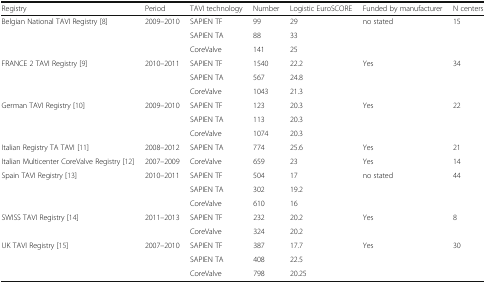
| Registry | Period | TAVI technology | Number | Logistic EuroSCORE | Funded by manufacturer | N centers |
 | --- | --- | --- | --- | --- | --- | --- |
 | <ROWSPAN=3> Belgian National TAVI Registry [8] | <ROWSPAN=3> 2009–2010 | SAPIEN TF | 99 | 29 | <ROWSPAN=3> no stated | <ROWSPAN=3> 15 |
 | SAPIEN TA | 88 | 33 |
 | CoreValve | 141 | 25 |
 | <ROWSPAN=3> FRANCE 2 TAVI Registry [9] | <ROWSPAN=3> 2010–2011 | SAPIEN TF | 1540 | 22.2 | <ROWSPAN=3> Yes | <ROWSPAN=3> 34 |
 | SAPIEN TA | 567 | 24.8 |
 | CoreValve | 1043 | 21.3 |
 | <ROWSPAN=3> German TAVI Registry [10] | <ROWSPAN=3> 2009–2010 | SAPIEN TF | 123 | 20.3 | <ROWSPAN=3> Yes | <ROWSPAN=3> 22 |
 | SAPIEN TA | 113 | 20.3 |
 | CoreValve | 1074 | 20.3 |
 | Italian Registry TA TAVI [11] | 2008–2012 | SAPIEN TA | 774 | 25.6 | Yes | 21 |
 | Italian Multicenter CoreValve Registry [12] | 2007–2009 | CoreValve | 659 | 23 | Yes | 14 |
 | <ROWSPAN=3> Spain TAVI Registry [13] | <ROWSPAN=3> 2010–2011 | SAPIEN TF | 504 | 17 | <ROWSPAN=3> no stated | <ROWSPAN=3> 44 |
 | SAPIEN TA | 302 | 19.2 |
 | CoreValve | 610 | 16 |
 | <ROWSPAN=2> SWISS TAVI Registry [14] | <ROWSPAN=2> 2011–2013 | SAPIEN TF | 232 | 20.2 | <ROWSPAN=2> Yes | <ROWSPAN=2> 8 |
 | CoreValve | 324 | 20.2 |
 | <ROWSPAN=3> UK TAVI Registry [15] | <ROWSPAN=3> 2007–2010 | SAPIEN TF | 387 | 17.7 | <ROWSPAN=3> Yes | <ROWSPAN=3> 30 |
 | SAPIEN TA | 408 | 22.5 |
 | CoreValve | 798 | 20.25 |